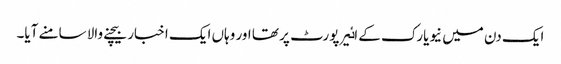
ایک دن میں نیویارک کے اٸیرپورٹ پر تھا اور وہاں ایک اخبار بیچنے والا سامنے آیا۔